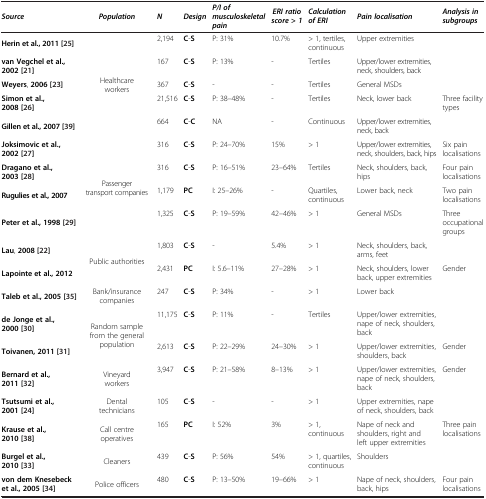
<table><thead><tr><td><b><i>Source</i></b></td><td><b><i>Population</i></b></td><td><b><i>N</i></b></td><td><b><i>Design</i></b></td><td><b><i>P/</i><i>I of musculoskeletal pain</i></b></td><td><b><i>ERI ratio score</i> &gt; <i>1</i></b></td><td><b><i>Calculation of ERI</i></b></td><td><b><i>Pain localisation</i></b></td><td><b><i>Analysis in subgroups</i></b></td></tr></thead><tbody><tr><td><b>Herin et al., 2011 </b>[25]</td><td rowspan="5">Healthcare workers</td><td>2,194</td><td><b>C</b>-<b>S</b></td><td>P: 31%</td><td>10.7%</td><td>&gt; 1, tertiles, continuous</td><td>Upper extremities</td><td> </td></tr><tr><td><b>van Vegchel et al., 2002 </b>[21]</td><td>167</td><td><b>C</b>-<b>S</b></td><td>P: 13%</td><td>-</td><td>Tertiles</td><td>Upper/lower extremities, neck, shoulders, back</td><td> </td></tr><tr><td><b>Weyers, 2006 </b>[23]</td><td>367</td><td><b>C</b>-<b>S</b></td><td>-</td><td>-</td><td>Tertiles</td><td>General MSDs</td><td> </td></tr><tr><td><b>Simon et al., 2008 </b>[26]</td><td>21,516</td><td><b>C</b>-<b>S</b></td><td>P: 38–48%</td><td>-</td><td>Tertiles</td><td>Neck, lower back</td><td>Three facility types</td></tr><tr><td><b>Gillen et al., 2007 </b>[39]</td><td>664</td><td><b>C</b>-<b>C</b></td><td>NA</td><td>-</td><td>Continuous</td><td>Upper/lower extremities, neck, back</td><td> </td></tr><tr><td><b>Joksimovic et al., 2002 </b>[27]</td><td rowspan="4">Passenger transport companies</td><td>316</td><td><b>C</b>-<b>S</b></td><td>P: 24–70%</td><td>15%</td><td>&gt; 1</td><td>Upper/lower extremities, neck, shoulders, back, hips</td><td>Six pain localisations</td></tr><tr><td><b>Dragano et al., 2003 </b>[28]</td><td>316</td><td><b>C</b>-<b>S</b></td><td>P: 16–51%</td><td>23–64%</td><td>Tertiles</td><td>Neck, shoulders, back, hips</td><td>Four pain localisations</td></tr><tr><td><b>Rugulies et al., 2007</b></td><td>1,179</td><td><b>PC</b></td><td>I: 25–26%</td><td>-</td><td>Quartiles, continuous</td><td>Lower back, neck</td><td>Two pain localisations</td></tr><tr><td><b>Peter et al., 1998 </b>[29]</td><td>1,325</td><td><b>C</b>-<b>S</b></td><td>P: 19–59%</td><td>42–46%</td><td>&gt; 1</td><td>General MSDs</td><td>Three occupational groups</td></tr><tr><td><b>Lau, 2008 </b>[22]</td><td rowspan="2">Public authorities</td><td>1,803</td><td><b>C</b>-<b>S</b></td><td>-</td><td>5.4%</td><td>&gt; 1</td><td>Neck, shoulders, back, arms, feet</td><td> </td></tr><tr><td><b>Lapointe et al., 2012</b></td><td>2,431</td><td><b>PC</b></td><td>I: 5.6–11%</td><td>27–28%</td><td>&gt; 1</td><td>Neck, shoulders, lower back, upper extremities</td><td>Gender</td></tr><tr><td><b>Taleb et al., 2005 </b>[35]</td><td>Bank/insurance companies</td><td>247</td><td><b>C</b>-<b>S</b></td><td>P: 34%</td><td>-</td><td>&gt; 1</td><td>Lower back</td><td> </td></tr><tr><td><b>de Jonge et al., 2000 </b>[30]</td><td rowspan="2">Random sample from the general population</td><td>11,175</td><td><b>C</b>-<b>S</b></td><td>P: 11%</td><td>-</td><td>Tertiles</td><td>Upper/lower extremities, nape of neck, shoulders, back</td><td> </td></tr><tr><td><b>Toivanen, 2011 </b>[31]</td><td>2,613</td><td><b>C</b>-<b>S</b></td><td>P: 22–29%</td><td>24–30%</td><td>&gt; 1</td><td>Upper/lower extremities, shoulders, back</td><td>Gender</td></tr><tr><td><b>Bernard et al., 2011 </b>[32]</td><td>Vineyard workers</td><td>3,947</td><td><b>C</b>-<b>S</b></td><td>P: 21–58%</td><td>8–13%</td><td>&gt; 1</td><td>Upper/lower extremities, nape of neck, shoulders, back</td><td>Gender</td></tr><tr><td><b>Tsutsumi et al., 2001 </b>[24]</td><td>Dental technicians</td><td>105</td><td><b>C</b>-<b>S</b></td><td>-</td><td>-</td><td>&gt; 1</td><td>Upper extremities, nape of neck, shoulders, back</td><td> </td></tr><tr><td><b>Krause et al., 2010 </b>[38]</td><td>Call centre operatives</td><td>165</td><td><b>PC</b></td><td>I: 52%</td><td>3%</td><td>&gt; 1, continuous</td><td>Nape of neck and shoulders, right and left upper extremities</td><td>Three pain localisations</td></tr><tr><td><b>Burgel et al., 2010 </b>[33]</td><td>Cleaners</td><td>439</td><td><b>C</b>-<b>S</b></td><td>P: 56%</td><td>54%</td><td>&gt; 1, quartiles, continuous</td><td>Shoulders</td><td> </td></tr><tr><td><b>von dem Knesebeck et al., 2005 </b>[34]</td><td>Police officers</td><td>480</td><td><b>C</b>-<b>S</b></td><td>P: 13–50%</td><td>19–66%</td><td>&gt; 1</td><td>Nape of neck, shoulders, back, hips</td><td>Four pain localisations</td></tr></tbody></table>